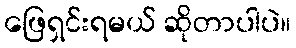
ဖြေရှင်းရမယ် ဆိုတာပါပဲ။